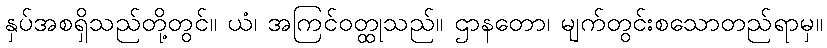
နှပ်အစရှိသည်တို့တွင်။ ယံ၊ အကြင်ဝတ္ထုသည်။ ဌာနတော၊ မျက်တွင်းစသောတည်ရာမှ။